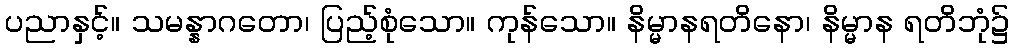
ပညာနှင့်။ သမန္နာဂတော၊ ပြည့်စုံသော။ ကုန်သော။ နိမ္မာနရတိနော၊ နိမ္မာန ရတိဘုံ၌